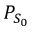
P _ { S _ { 0 } }